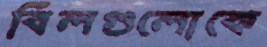
বিলগুলোকে